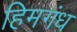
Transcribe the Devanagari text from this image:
हिमगंध